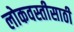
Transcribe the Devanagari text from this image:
लोकवस्तीसाठी